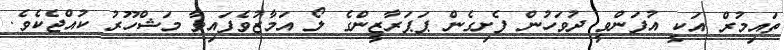
ތައިމުރް އަކީ އުފަންވީ ދުވަހުން ފެށިގެން ޕަޕަރާޒީންގެ ލޯ އަމާޒުވެފައިވާ މަޝްހޫރު ކުއްޖެކެވެ.